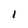
Character: I